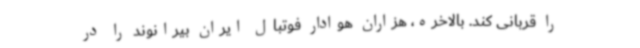
را قربانی کند. بالاخره، هزاران هوادار فوتبال ایران بیرانوند را در